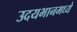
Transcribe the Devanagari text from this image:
उदयभानमध्ये